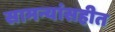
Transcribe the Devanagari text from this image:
सामन्यांसहीत